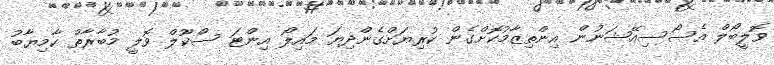
ވޮލީބޯލް އެސޯސިއޭޝަނުން އިންތިޒާމުކޮށްގެން ކުރިޔަށްގެންދިޔަ މައިލޯ އިންޓަ ސްކޫލް ވޮލީ މުބާރާތް ކާމިޔާބު